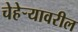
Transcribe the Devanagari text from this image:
चेहेर्‍यावरील